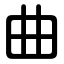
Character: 曲